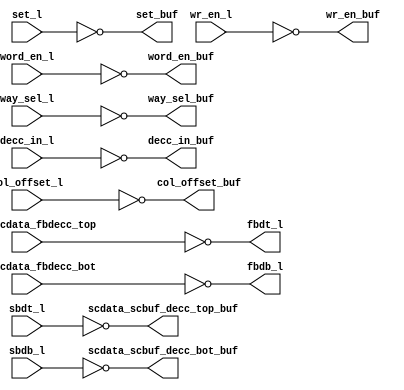
module bw_r_l2d_rep_top (/*AUTOARG*/
   // Outputs
   word_en_buf, col_offset_buf, set_buf, wr_en_buf, way_sel_buf, 
   decc_in_buf, fbdt_l, fbdb_l, scdata_scbuf_decc_top_buf, 
   scdata_scbuf_decc_bot_buf, 
   // Inputs
   word_en_l, col_offset_l, set_l, wr_en_l, way_sel_l, decc_in_l, 
   scbuf_scdata_fbdecc_top, scbuf_scdata_fbdecc_bot, sbdt_l, sbdb_l
   );

   input [3:0]     word_en_l;
   input 	   col_offset_l;
   input [9:0] 	   set_l;
   input 	   wr_en_l;
   input [11:0]    way_sel_l;
   input [155:0]   decc_in_l;
   input [155:0]   scbuf_scdata_fbdecc_top;
   input [155:0]   scbuf_scdata_fbdecc_bot;
   input [155:0]   sbdt_l;
   input [155:0]   sbdb_l;
   
   output [3:0]    word_en_buf;
   output 	   col_offset_buf;
   output [9:0]    set_buf;
   output 	   wr_en_buf;
   output [11:0]   way_sel_buf;
   output [155:0]  decc_in_buf;
   output [155:0]  fbdt_l;
   output [155:0]  fbdb_l;
   output [155:0]  scdata_scbuf_decc_top_buf;
   output [155:0]  scdata_scbuf_decc_bot_buf;
      
   ///////////////////////////////////////////////////////////////////////
   // Inverting Buffers
   ///////////////////////////////////////////////////////////////////////
   assign word_en_buf[3:0] = ~word_en_l[3:0];
   assign col_offset_buf = ~col_offset_l;
   assign set_buf[9:0] = ~set_l[9:0];
   assign wr_en_buf = ~wr_en_l;
   assign way_sel_buf[11:0] = ~way_sel_l[11:0];
   assign decc_in_buf[155:0] = ~decc_in_l[155:0];
   assign fbdt_l[155:0] = ~scbuf_scdata_fbdecc_top[155:0];
   assign fbdb_l[155:0] = ~scbuf_scdata_fbdecc_bot[155:0];
   assign scdata_scbuf_decc_top_buf[155:0] = ~sbdt_l[155:0];
   assign scdata_scbuf_decc_bot_buf[155:0] = ~sbdb_l[155:0];

endmodule